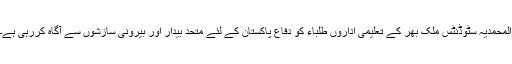
المحمدیہ سٹوڈنٹس ملک بھر کے تعلیمی اداروں طلباء کو دفاع پاکستان کے لئے متحد بیدار اور بیرونی سازشوں سے آگاہ کررہی ہے۔